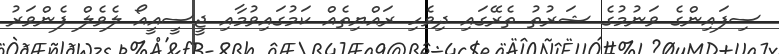
ސިފައިންގެ ވަނުމުގެ ޝަރުތު ތެރޭގައި ދިވެހި ރައްޔިތެއް ކަމުގައިވުމާއި ޖީސީއީއޯ ލެވެލް ފެންވަރު